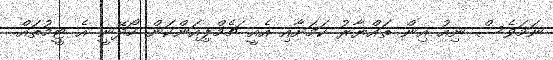
ނަމަވެސް ނިއު އިން ތައްޔާރު ކަމަށާއި އެއީ ޗެމްޕިއަންކަން ހޯދޭނީ އެ ޓީމުތައް